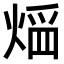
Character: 𤋠